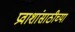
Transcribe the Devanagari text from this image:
प्रवाशांसाठीच्या